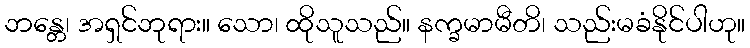
ဘန္တေ၊ အရှင်ဘုရား။ သော၊ ထိုသူသည်။ နက္ခမာမီတိ၊ သည်းမခံနိုင်ပါဟု။